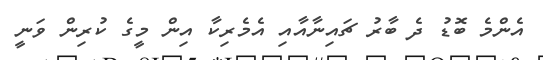
އެންމެ ބޮޑު ދެ ބާރު ޗައިނާއާއި އެމެރިކާ އިން މީގެ ކުރިން ވަނީ